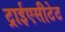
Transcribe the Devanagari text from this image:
ट्राईएसीटेट